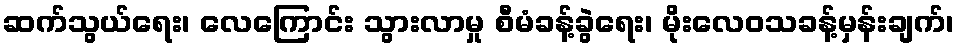
ဆက်သွယ်ရေး၊ လေကြောင်း သွားလာမှု စီမံခန့်ခွဲရေး၊ မိုးလေဝသခန့်မှန်းချက်၊